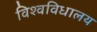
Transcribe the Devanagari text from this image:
विश्‍वविधालय